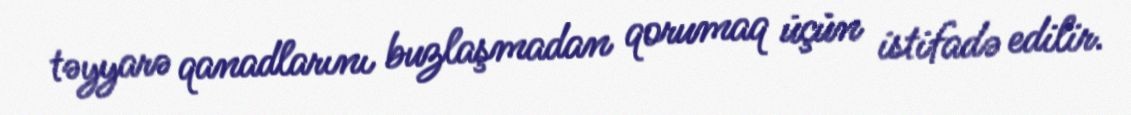
təyyarə qanadlarını buzlaşmadan qorumaq üçün istifadə edilir.